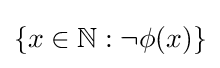
\{x\in \mathbb {N} :\neg \phi (x)\}